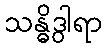
သန္ဓိဒွါရာ